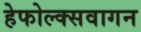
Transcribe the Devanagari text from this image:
हेफोल्क्सवागन